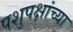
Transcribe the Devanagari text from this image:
पशुपक्षांच्या